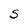
Character: S